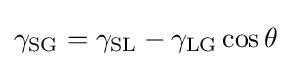
\gamma _{\mathrm {SG} }=\gamma _{\mathrm {SL} }-\gamma _{\mathrm {LG} }\cos \theta _{\,}